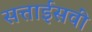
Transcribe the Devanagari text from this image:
सत्ताईसवीं